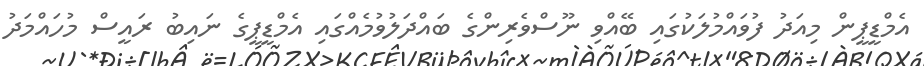
އެމްޑީޕީން މިއަދު ފުވައްމުލަކުގައި ބޭއްވި ނޫސްވެރިންގެ ބައްދަލުވުމެއްގައި އެމްޑީޕީގެ ނައިބު ރައީސް މުހައްމަދު